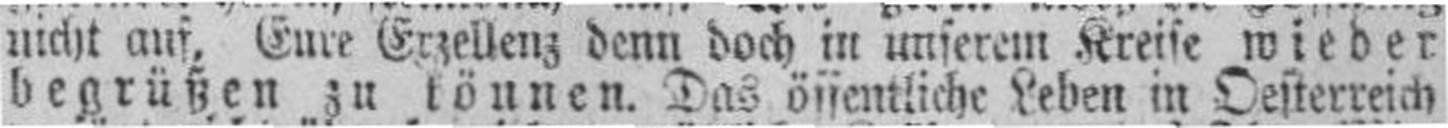
begrüßen zu können. Das öffentliche Leben in Oesterreich